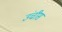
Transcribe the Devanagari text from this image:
उंचीस